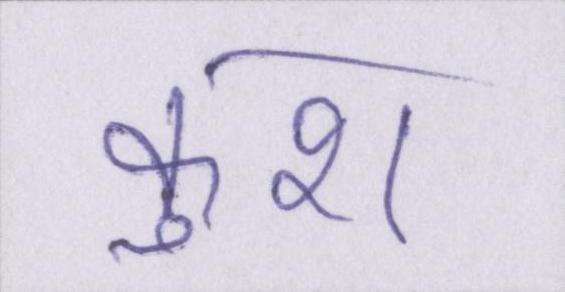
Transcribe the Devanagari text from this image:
कुश